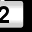
Digit: 2